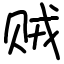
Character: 贼